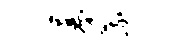
暮蔬